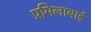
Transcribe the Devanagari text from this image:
प्रमिलाबाई